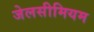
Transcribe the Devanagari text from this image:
जेलसीमियम